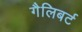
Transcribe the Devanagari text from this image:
गैलिबर्ट